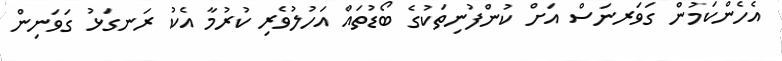
އެހެންކަމުން ގަވަރނަސް އަށް ކުންފުނިތަކުގެ ބޯޑުތައް އަހުލުވެރި ކުރުމާ އެކު ރަނގަޅު ގަވަނިން